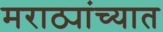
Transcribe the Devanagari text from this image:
मराठ्यांच्यात